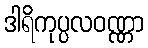
ဒါရိကုပ္ပလဝဏ္ဏာ